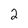
Character: 2